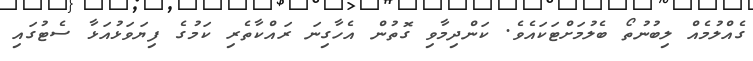
ގެއްލުމެއް ލިބުނުތޯ ބެލުމަށްޓަކައެވެ. ކަންދިމާވި ގޮތުން އެހާގިނަ ރައްކާތެރި ކަމުގެ ފިޔަވަޅުއަޅާ ސެޓުގައި